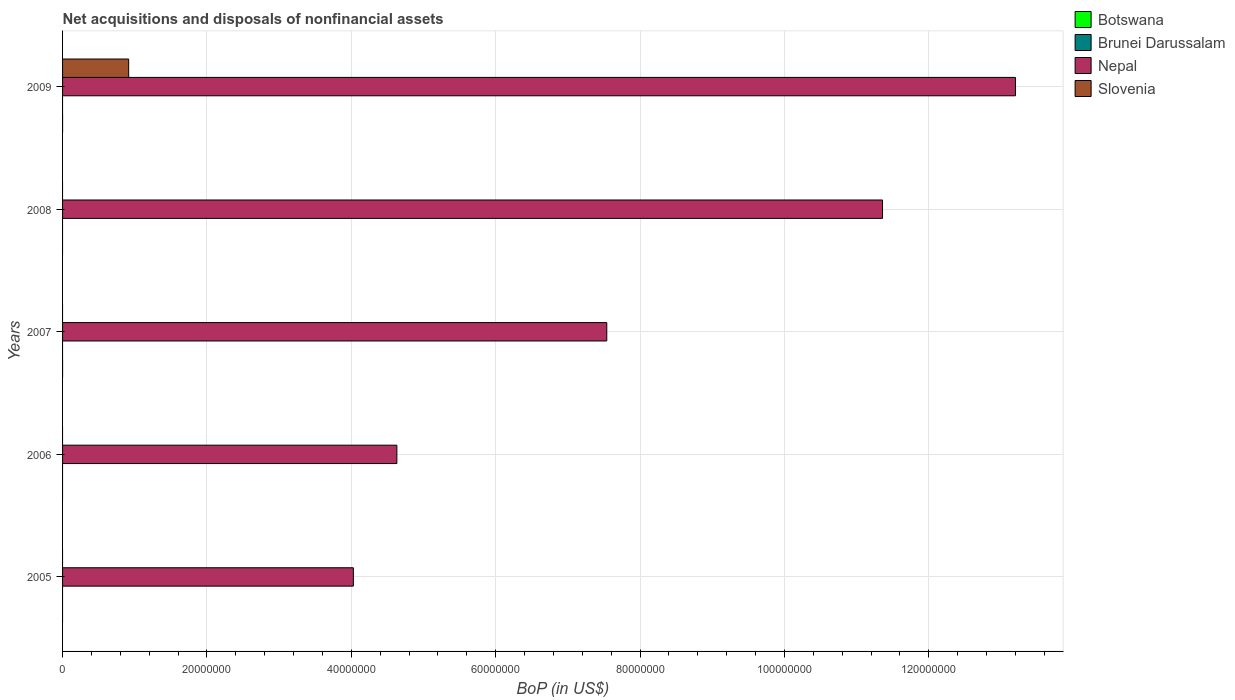
| Years | Botswana | Brunei Darussalam | Nepal | Slovenia |
 | --- | --- | --- | --- | --- |
 | 2005 | -8.55e+06 | -8.17e+06 | 4.03e+07 | -1.37e+08 |
 | 2006 | -8.17e+06 | -7.05e+06 | 4.63e+07 | -1.71e+08 |
 | 2007 | -2.43e-09 | -7.43e+06 | 7.54e+07 | -7.2e+07 |
 | 2008 | -3.62e+04 | -7.91e+06 | 1.14e+08 | -3.94e+07 |
 | 2009 | -1.22e-11 | -1.09e+07 | 1.32e+08 | 9.16e+06 |